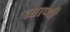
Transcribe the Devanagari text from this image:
व्याप्थी